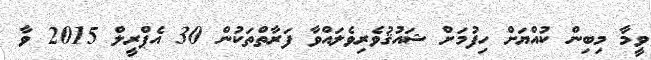
ވީމާ މިބިން ކުއްޔަށް ހިފުމަށް ޝައުޤުވެރިވެލައްވާ ފަރާތްތަކުން 30 އެޕްރީލް 2015 ވާ